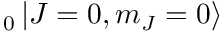
_ { 0 } \mathinner { | { J = 0 , m _ { J } = 0 } \rangle }